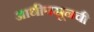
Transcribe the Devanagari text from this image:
आधीपसूनची